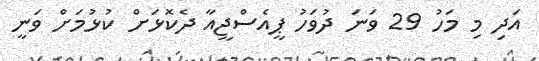
އަދި މި މަހު 29 ވަނަ ދުވަހު ޕީއެސްޖީއާ ދެކޮޅަށް ކުޅުމަށް ވަނީ